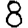
Digit: 8